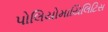
પોલિયોમાયિલિટિસ